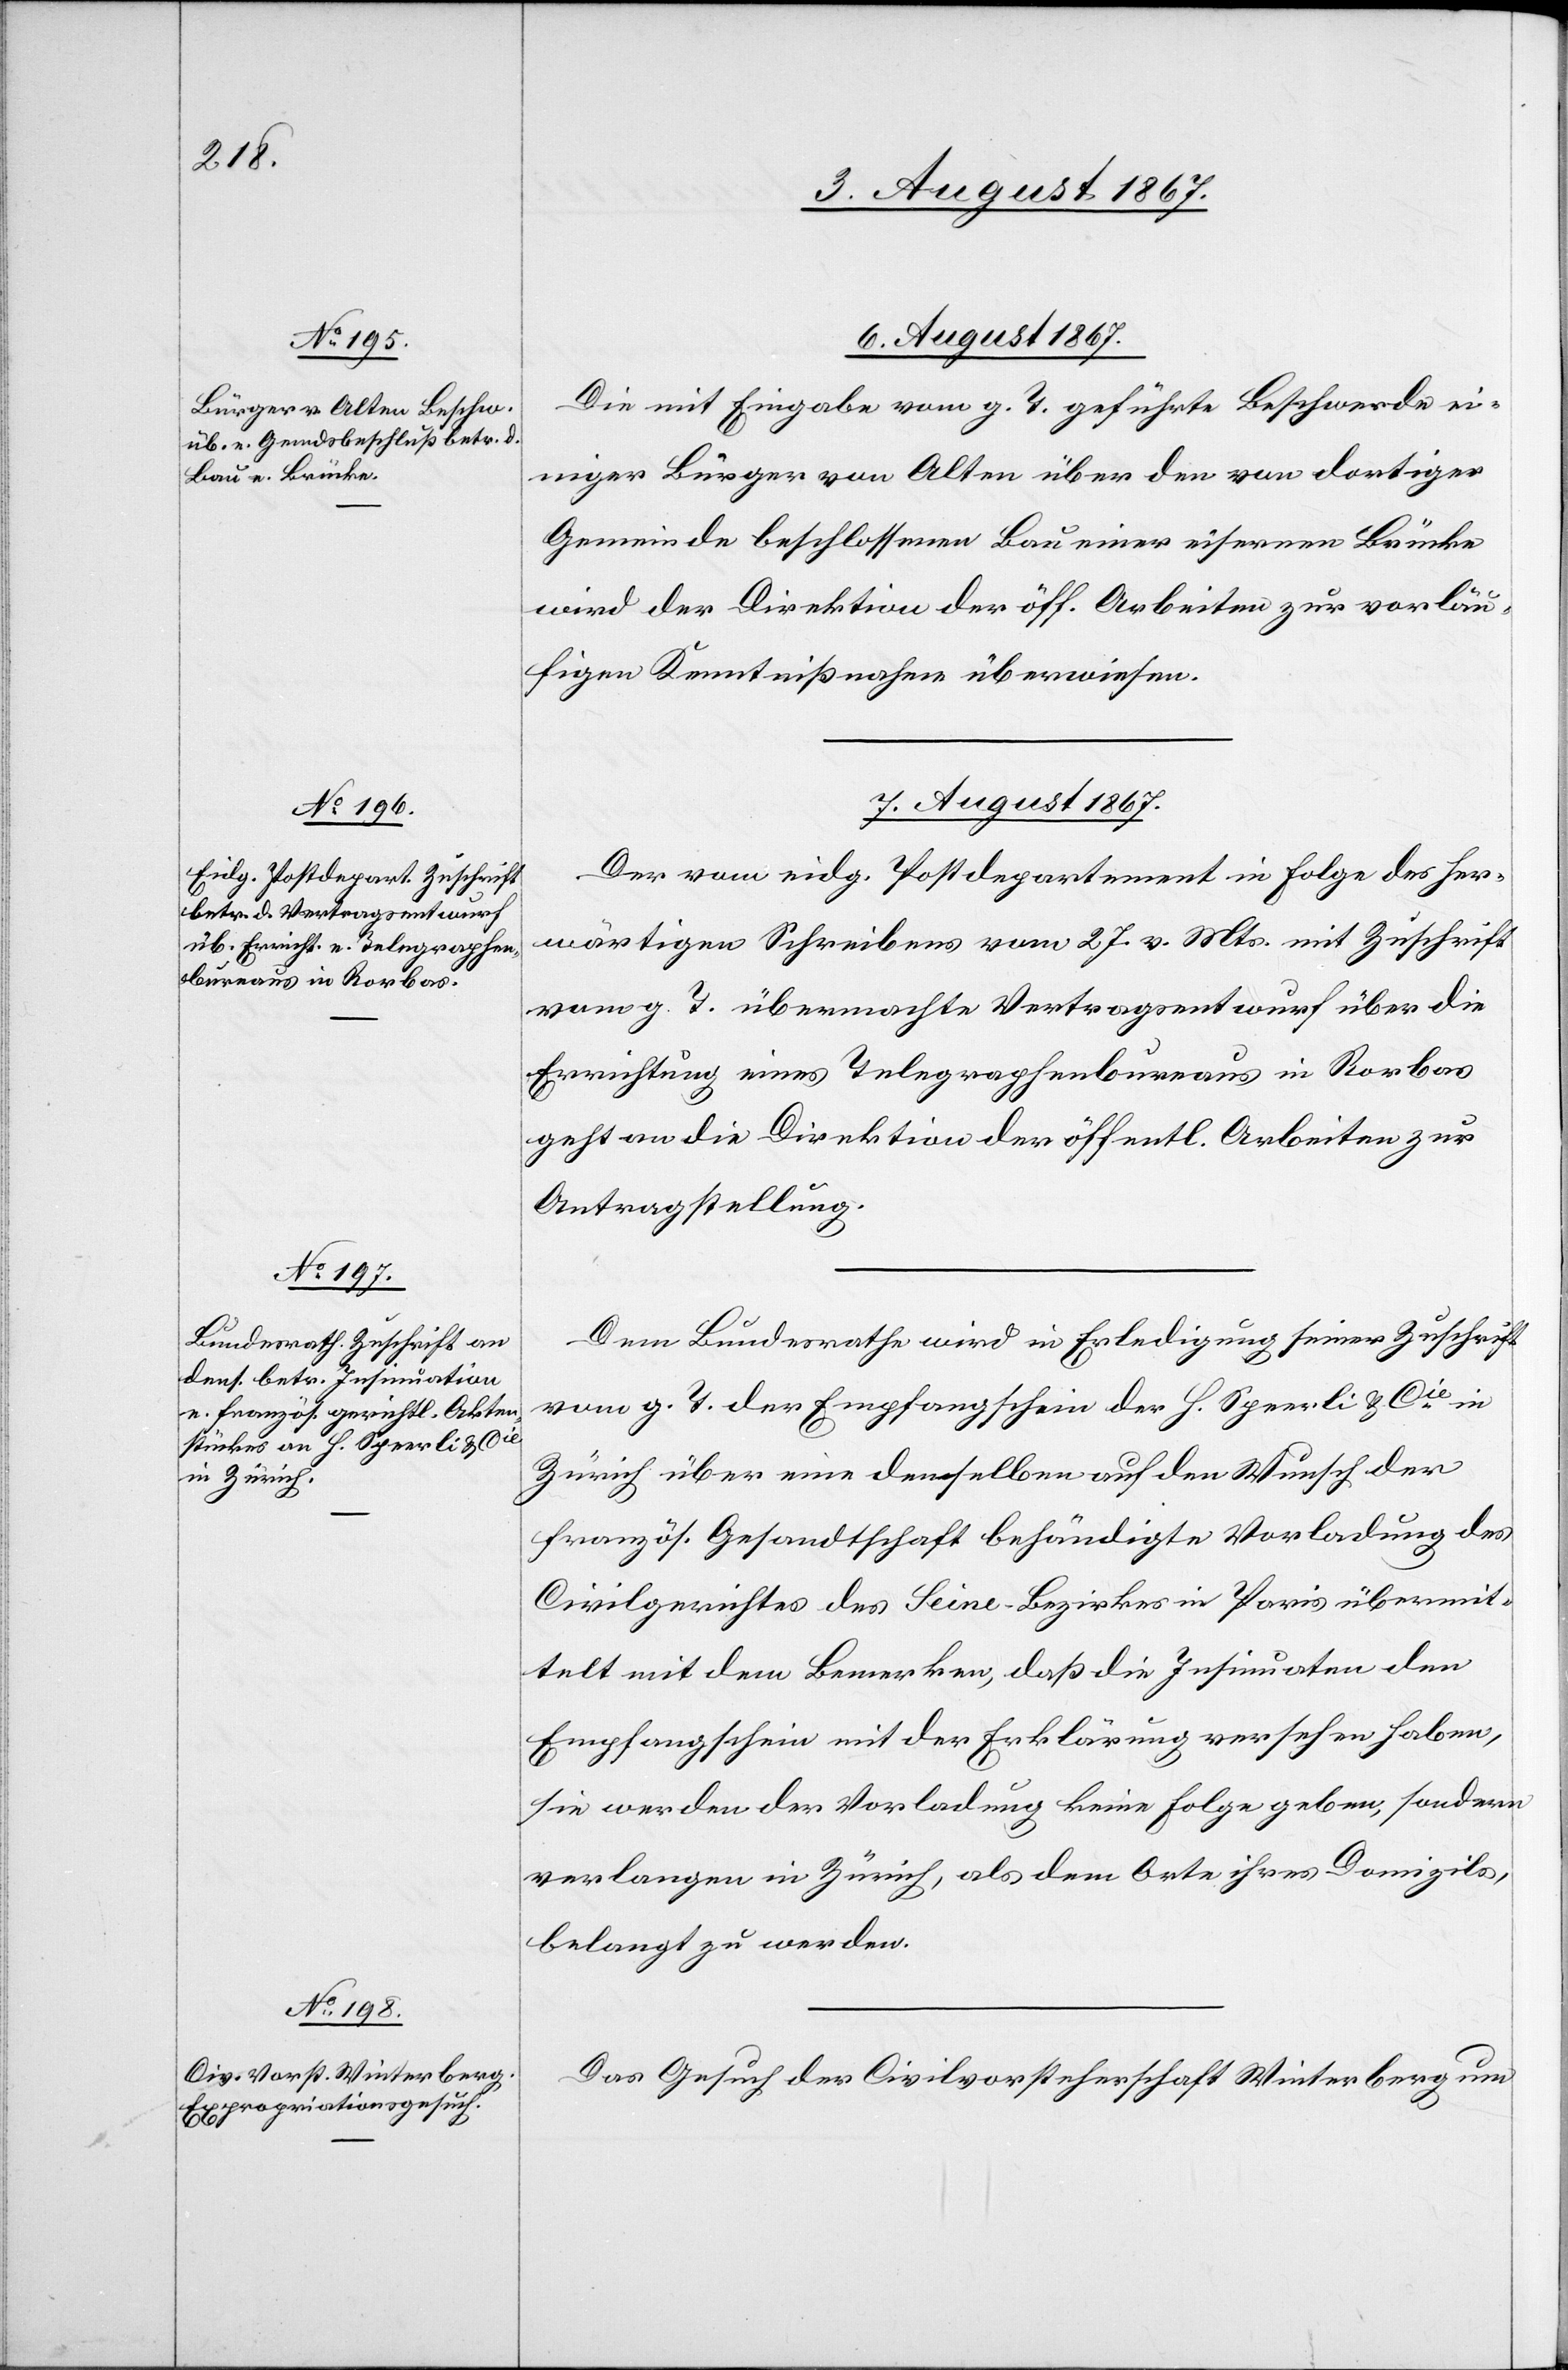
6. August 1867.
Die mit Eingabe vom g. T. geführte Beschwerde ei¬
niger Bürger von Olten über den von dortiger
Gemeinde beschlossenen Bau einer eisernen Brücke
wird der Direktion der öff. Arbeiten zur vorläu¬
figen Kenntnißnahme überwiesen.
7. August 1867.]
Der vom eidg. Postdepartement in Folge des her¬
wärtigen Schreibens vom 27. v. Mts. mit Zuschrift
vom g. T. übermachte Vertragsentwurf über die
Errichtung eines Telegraphenbureaus in Rorbas
geht an die Direktion der öff. Arbeiten zur
Antragstellung.
Dem Bundesrathe wird in Erledigung seiner Zuschrift
vom g. T. der Empfangschein der H. Speerli & Cie. in
Zürich über eine denselben auf den Wunsch der
französ. Gesandtschaft behändigte Vorladung des
Civilrichters des Seine-Bezirkes in Paris übermit¬
telt mit dem Bemerken, daß die Insinuaten den
Empfangschein mit der Erklärung versehen haben,
sie werden der Vorladung keine Folge leisten, sondern
verlangen in Zürich, als dem Orte ihres Domizils,
belangt zu werden.
Das Gesuch der Civilvorsteherschaft Winterthur um